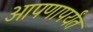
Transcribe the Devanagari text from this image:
आपणापर्यंत